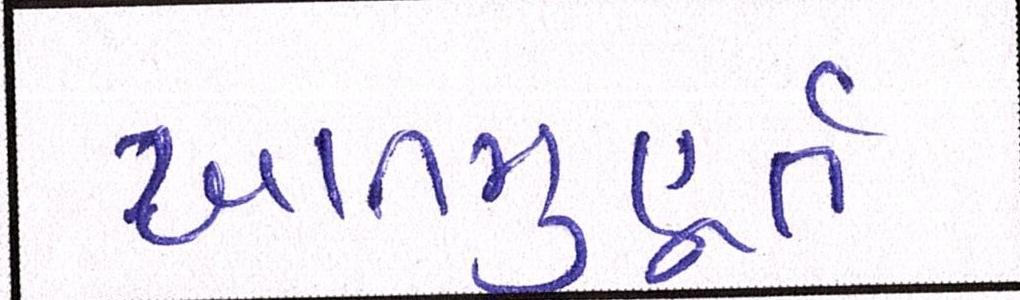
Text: ખાતમુહૂર્ત